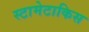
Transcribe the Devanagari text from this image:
स्टामेटाकिस